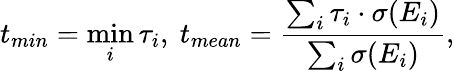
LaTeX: t_{min}=\operatorname*{min}_{i}\tau_{i},\ t_{mean}=\frac{\sum_{i}\tau_{i}\cdot\sigma(E_{i})}{\sum_{i}\sigma(E_{i})},